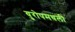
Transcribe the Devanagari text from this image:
युरोपमधली